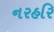
નરહરિ